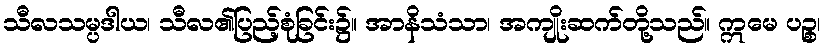
သီလသမ္ပဒါယ၊ သီလ၏ပြည့်စုံခြင်း၌။ အာနိသံသာ၊ အကျိုးဆက်တို့သည်။ ဣမေ ပဉ္စ၊